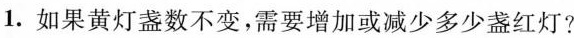
1.如果黄灯盏数不变，需要增加或减少多少盏红灯?